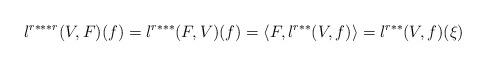
LaTeX: \begin{align*}l^{r***r}(V,F)(f)=l^{r***}(F,V)(f)=\langle F,l^{r**}(V,f)\rangle=l^{r**}(V,f)(\xi)\end{align*}